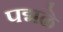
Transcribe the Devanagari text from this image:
पद्मळे